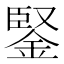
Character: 鋻